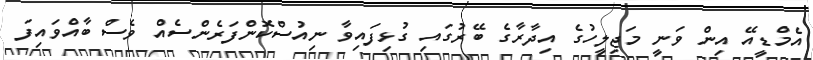
އެމްޑީއޭ އިން ވަނީ މަޖިލީހުގެ އިދާރާގެ ބޭރުގައި ގުޅިފައިވާ ނިއުސްކޮންފަރެންސެއް ވެސް ބާއްވައިފަ